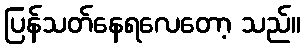
ပြန်သတ်နေရလေတော့ သည်။